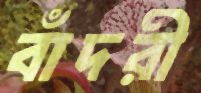
বাঁদরী